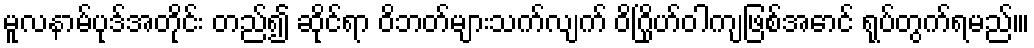
မူလနာမ်ပုဒ်အတိုင်း တည်၍ ဆိုင်ရာ ဝိဘတ်များသက်လျက် ဝိဂြိုဟ်ဝါကျဖြစ်အောင် ရုပ်တွက်ရမည်၊။